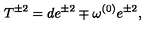
T ^ { \pm 2 } = d e ^ { \pm 2 } \mp \omega ^ { ( 0 ) } e ^ { \pm 2 } ,